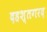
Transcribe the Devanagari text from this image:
दहश्तगरद